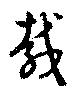
載